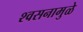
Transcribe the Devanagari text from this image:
श्वसनामुळे